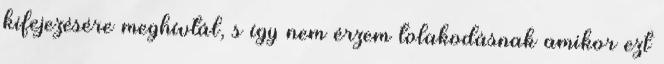
kifejezésére meghívtál, s így nem érzem tolakodásnak amikor ezt